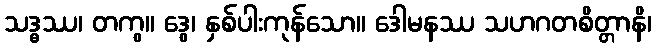
သဒ္ဓဿ၊ တကွ။ ဒွေ၊ နှစ်ပါးကုန်သော။ ဒေါမနဿ သဟဂတစိတ္တာနိ၊